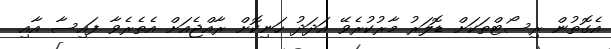
އެގޮތުން ރިސޯޓްތަކަށް ޑޮލަރު މާރުކުރެވޭ އަދަދު ހަނިކޮށް ރާއްޖެއަށް އެތެރެވާ ފައިސާ އާއި